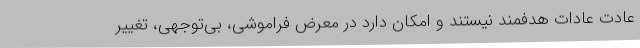
عادت عادات هدفمند نیستند و امکان دارد در معرض فراموشی، بی‌توجهی، تغییر